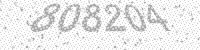
Solution: 808204